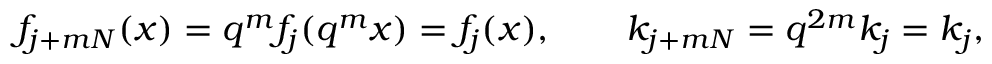
f _ { j + m N } ( x ) = q ^ { m } f _ { j } ( q ^ { m } x ) = f _ { j } ( x ) , \qquad k _ { j + m N } = q ^ { 2 m } k _ { j } = k _ { j } ,